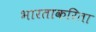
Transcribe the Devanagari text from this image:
भारताकरिता